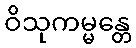
ဝိသုကမ္မန္တေ